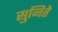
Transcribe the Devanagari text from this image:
सुनिते